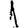
Digit: 1